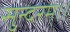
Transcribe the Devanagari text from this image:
सुन्दरम्।।